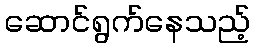
ဆောင်ရွက်နေသည့်